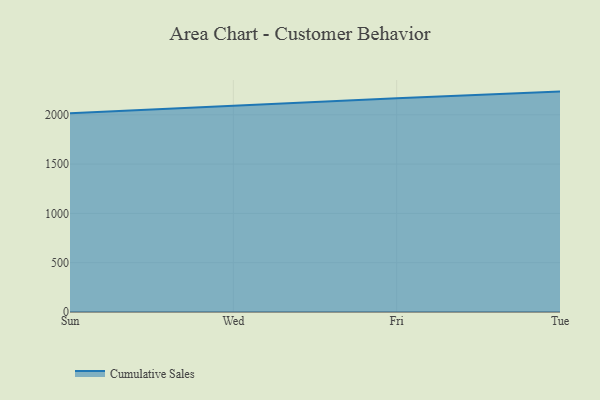
{"axis": {"x": "Day", "y": "Humidity (%)"}, "legend": ["Cumulative Sales"], "data": [{"x": "Sun", "y": 2016.2, "type": "Cumulative Sales"}, {"x": "Wed", "y": 2091.9, "type": "Cumulative Sales"}, {"x": "Fri", "y": 2167.1, "type": "Cumulative Sales"}, {"x": "Tue", "y": 2235.3, "type": "Cumulative Sales"}]}